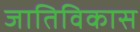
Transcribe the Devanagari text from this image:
जातिविकास